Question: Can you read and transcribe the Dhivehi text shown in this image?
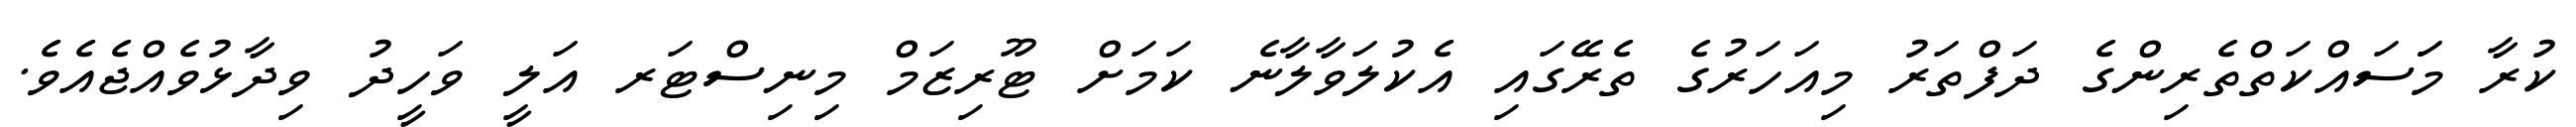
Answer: ކުރާ މަަސައްކަތްތެރިންގެ ދަފްތަރު މިއަހަރުގެ ތެރޭގައި އެކުލަވާލާނެ ކަމަށް ޓޫރިޒަމް މިނިސްޓަރ އަލީ ވަހީދު ވިދާޅުވެއްޖެއެވެ.